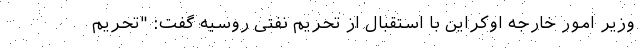
وزیر امور خارجه اوکراین با استقبال از تحریم نفتی روسیه گفت: "تحریم